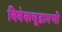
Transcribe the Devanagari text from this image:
विवेकचूडामणी